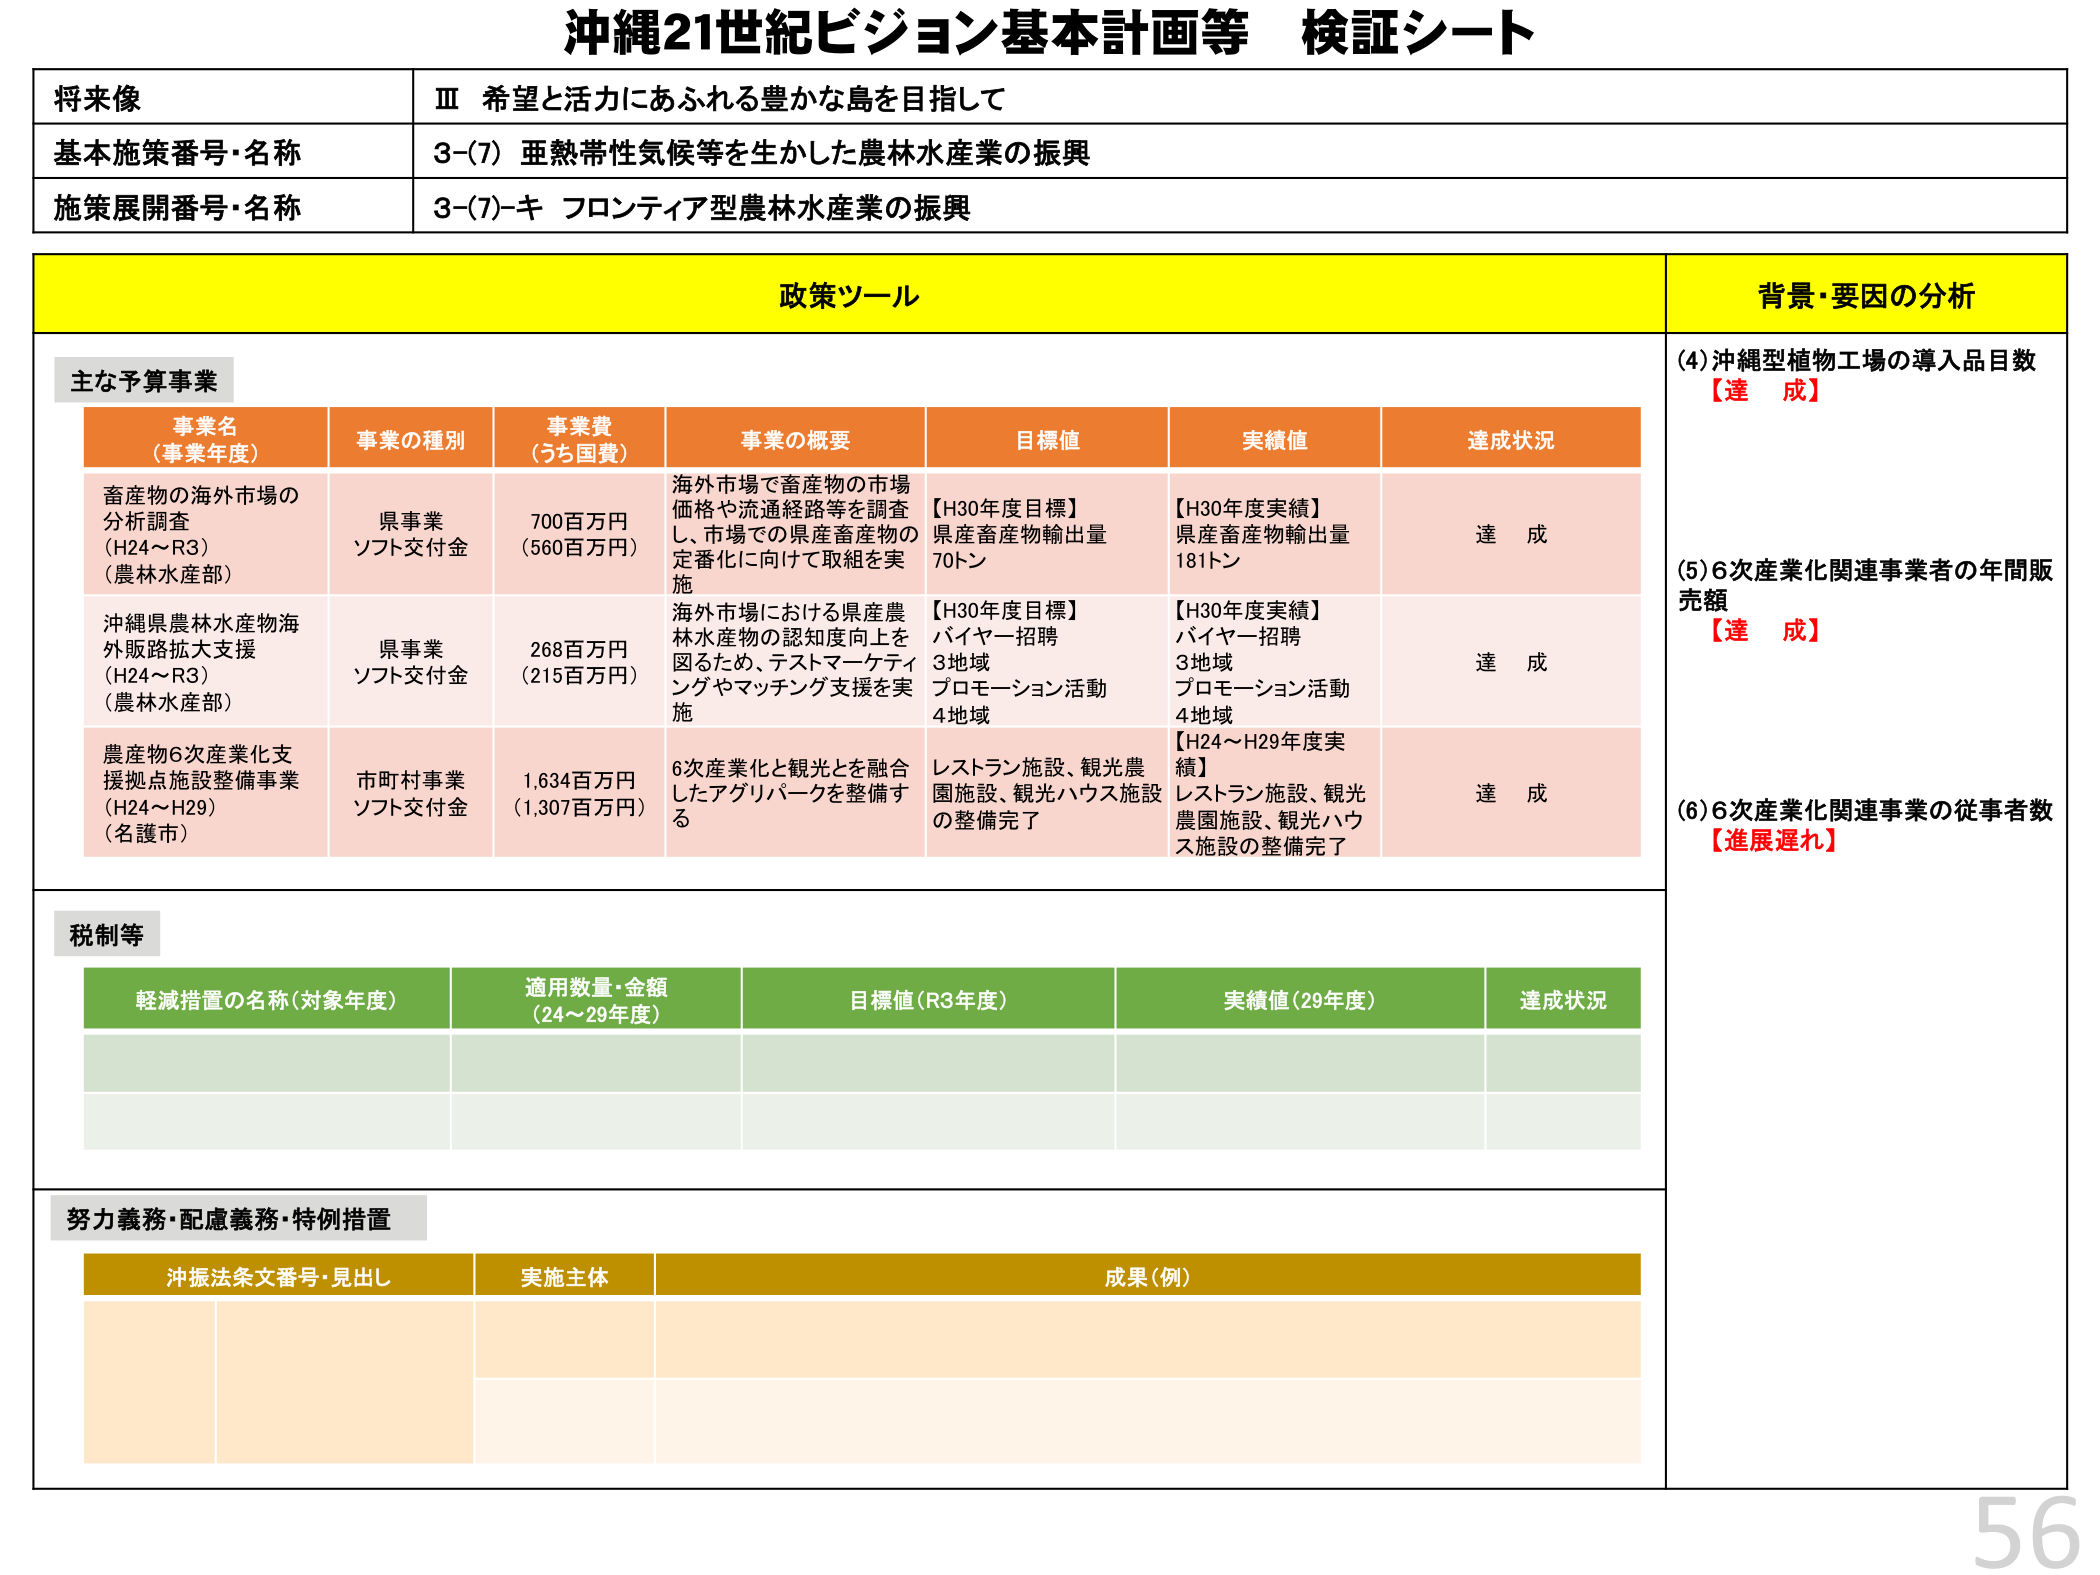
沖縄21世紀ビジョン基本計画等 検証シート

将来像
Ⅲ 希望と活力にあふれる豊かな島を目指して

基本施策番号・名称
3-(7) 亜熱帯性気候等を生かした農林水産業の振興

施策展開番号・名称
3-(7)-キ フロンティア型農林水産業の振興

政策ツール

主な予算事業

事業名（事業年度）
畜産物の海外市場の分析調査（H24～R3）（農林水産部）
沖縄県農林水産物海外販路拡大支援（H24～R3）（農林水産部）
農産物6次産業化支援拠点施設整備事業（H24～H29）（名護市）

事業の種別
県事業 ソフト交付金
県事業 ソフト交付金
市町村事業 ソフト交付金

事業費（うち国費）
700百万円（560百万円）
268百万円（215百万円）
1,634百万円（1,307百万円）

事業の概要
海外市場で畜産物の市場価格や流通経路等を調査し、市場での県産畜産物の定番化に向けて取組を実施
海外市場における県産農林水産物の認知度向上を図るため、テストマーケティングやマッチング支援を実施
6次産業化と観光とを融合したアグリパークを整備する

目標値
【H30年度目標】県産畜産物輸出量 70トン
【H30年度目標】バイヤー招聘 3地域 プロモーション活動 4地域
レストラン施設、観光農園施設、観光ハウス施設の整備完了

実績値
【H30年度実績】県産畜産物輸出量 181トン
【H30年度実績】バイヤー招聘 3地域 プロモーション活動 4地域
【H24～H29年度実績】レストラン施設、観光農園施設、観光ハウス施設の整備完了

達成状況
達成
達成
達成

背景・要因の分析
(4) 沖縄型植物工場の導入品目数 【達成】
(5) 6次産業化関連事業者の年間販売額 【達成】
(6) 6次産業化関連事業の従事者数 【進展遅れ】

税制等

軽減措置の名称（対象年度）
適用数量・金額（24～29年度）
目標値（R3年度）
実績値（29年度）
達成状況

努力義務・配慮義務・特例措置

沖振法条文番号・見出し
実施主体
成果（例）

56